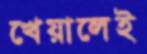
খেয়ালেই